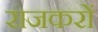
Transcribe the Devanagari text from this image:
राजकरों